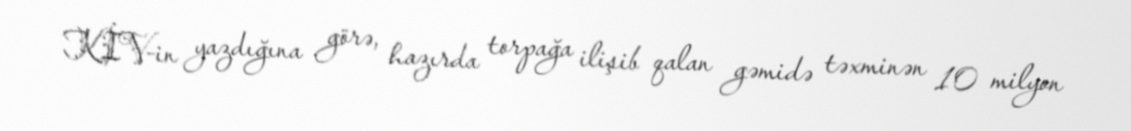
KİV-in yazdığına görə, hazırda torpağa ilişib qalan gəmidə təxminən 10 milyon